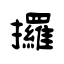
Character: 攞